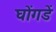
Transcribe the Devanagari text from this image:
घोंगडें